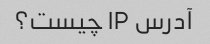
آدرس IP چیست؟